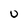
Character: u